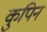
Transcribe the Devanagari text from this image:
कुपिन